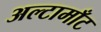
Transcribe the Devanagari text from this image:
अल्टामाँट